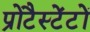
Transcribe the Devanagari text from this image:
प्रोटैस्टेंटों